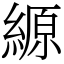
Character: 縓